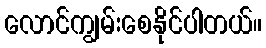
လောင်ကျွမ်းစေနိုင်ပါတယ်။